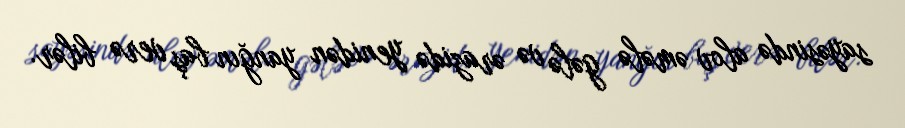
sayəsində alov əmələ gələ və ərazidə yenidən yanğın baş verə bilər.